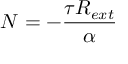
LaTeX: N = - { \frac { \tau R _ { e x t } } { \alpha } }